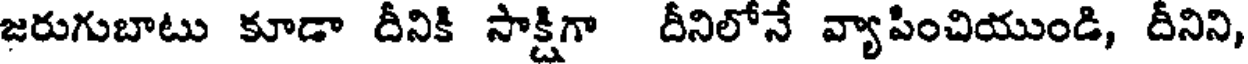
జరుగుబాటు కూడా దీనికి సాక్షిగా దీనిలోనే వ్యాపించియుండి, దీనిని,